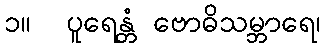
၁။  ပူရေန္တံ ဗောဓိသမ္ဘာရေ၊